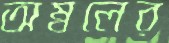
অম্বলের